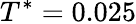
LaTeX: T^{*}=0.025